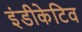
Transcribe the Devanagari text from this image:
इंडीकेटिव